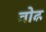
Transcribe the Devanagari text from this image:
वोढ